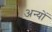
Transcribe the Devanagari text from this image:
अन्‍यों